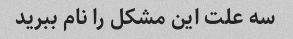
سه علت این مشکل را نام ببرید